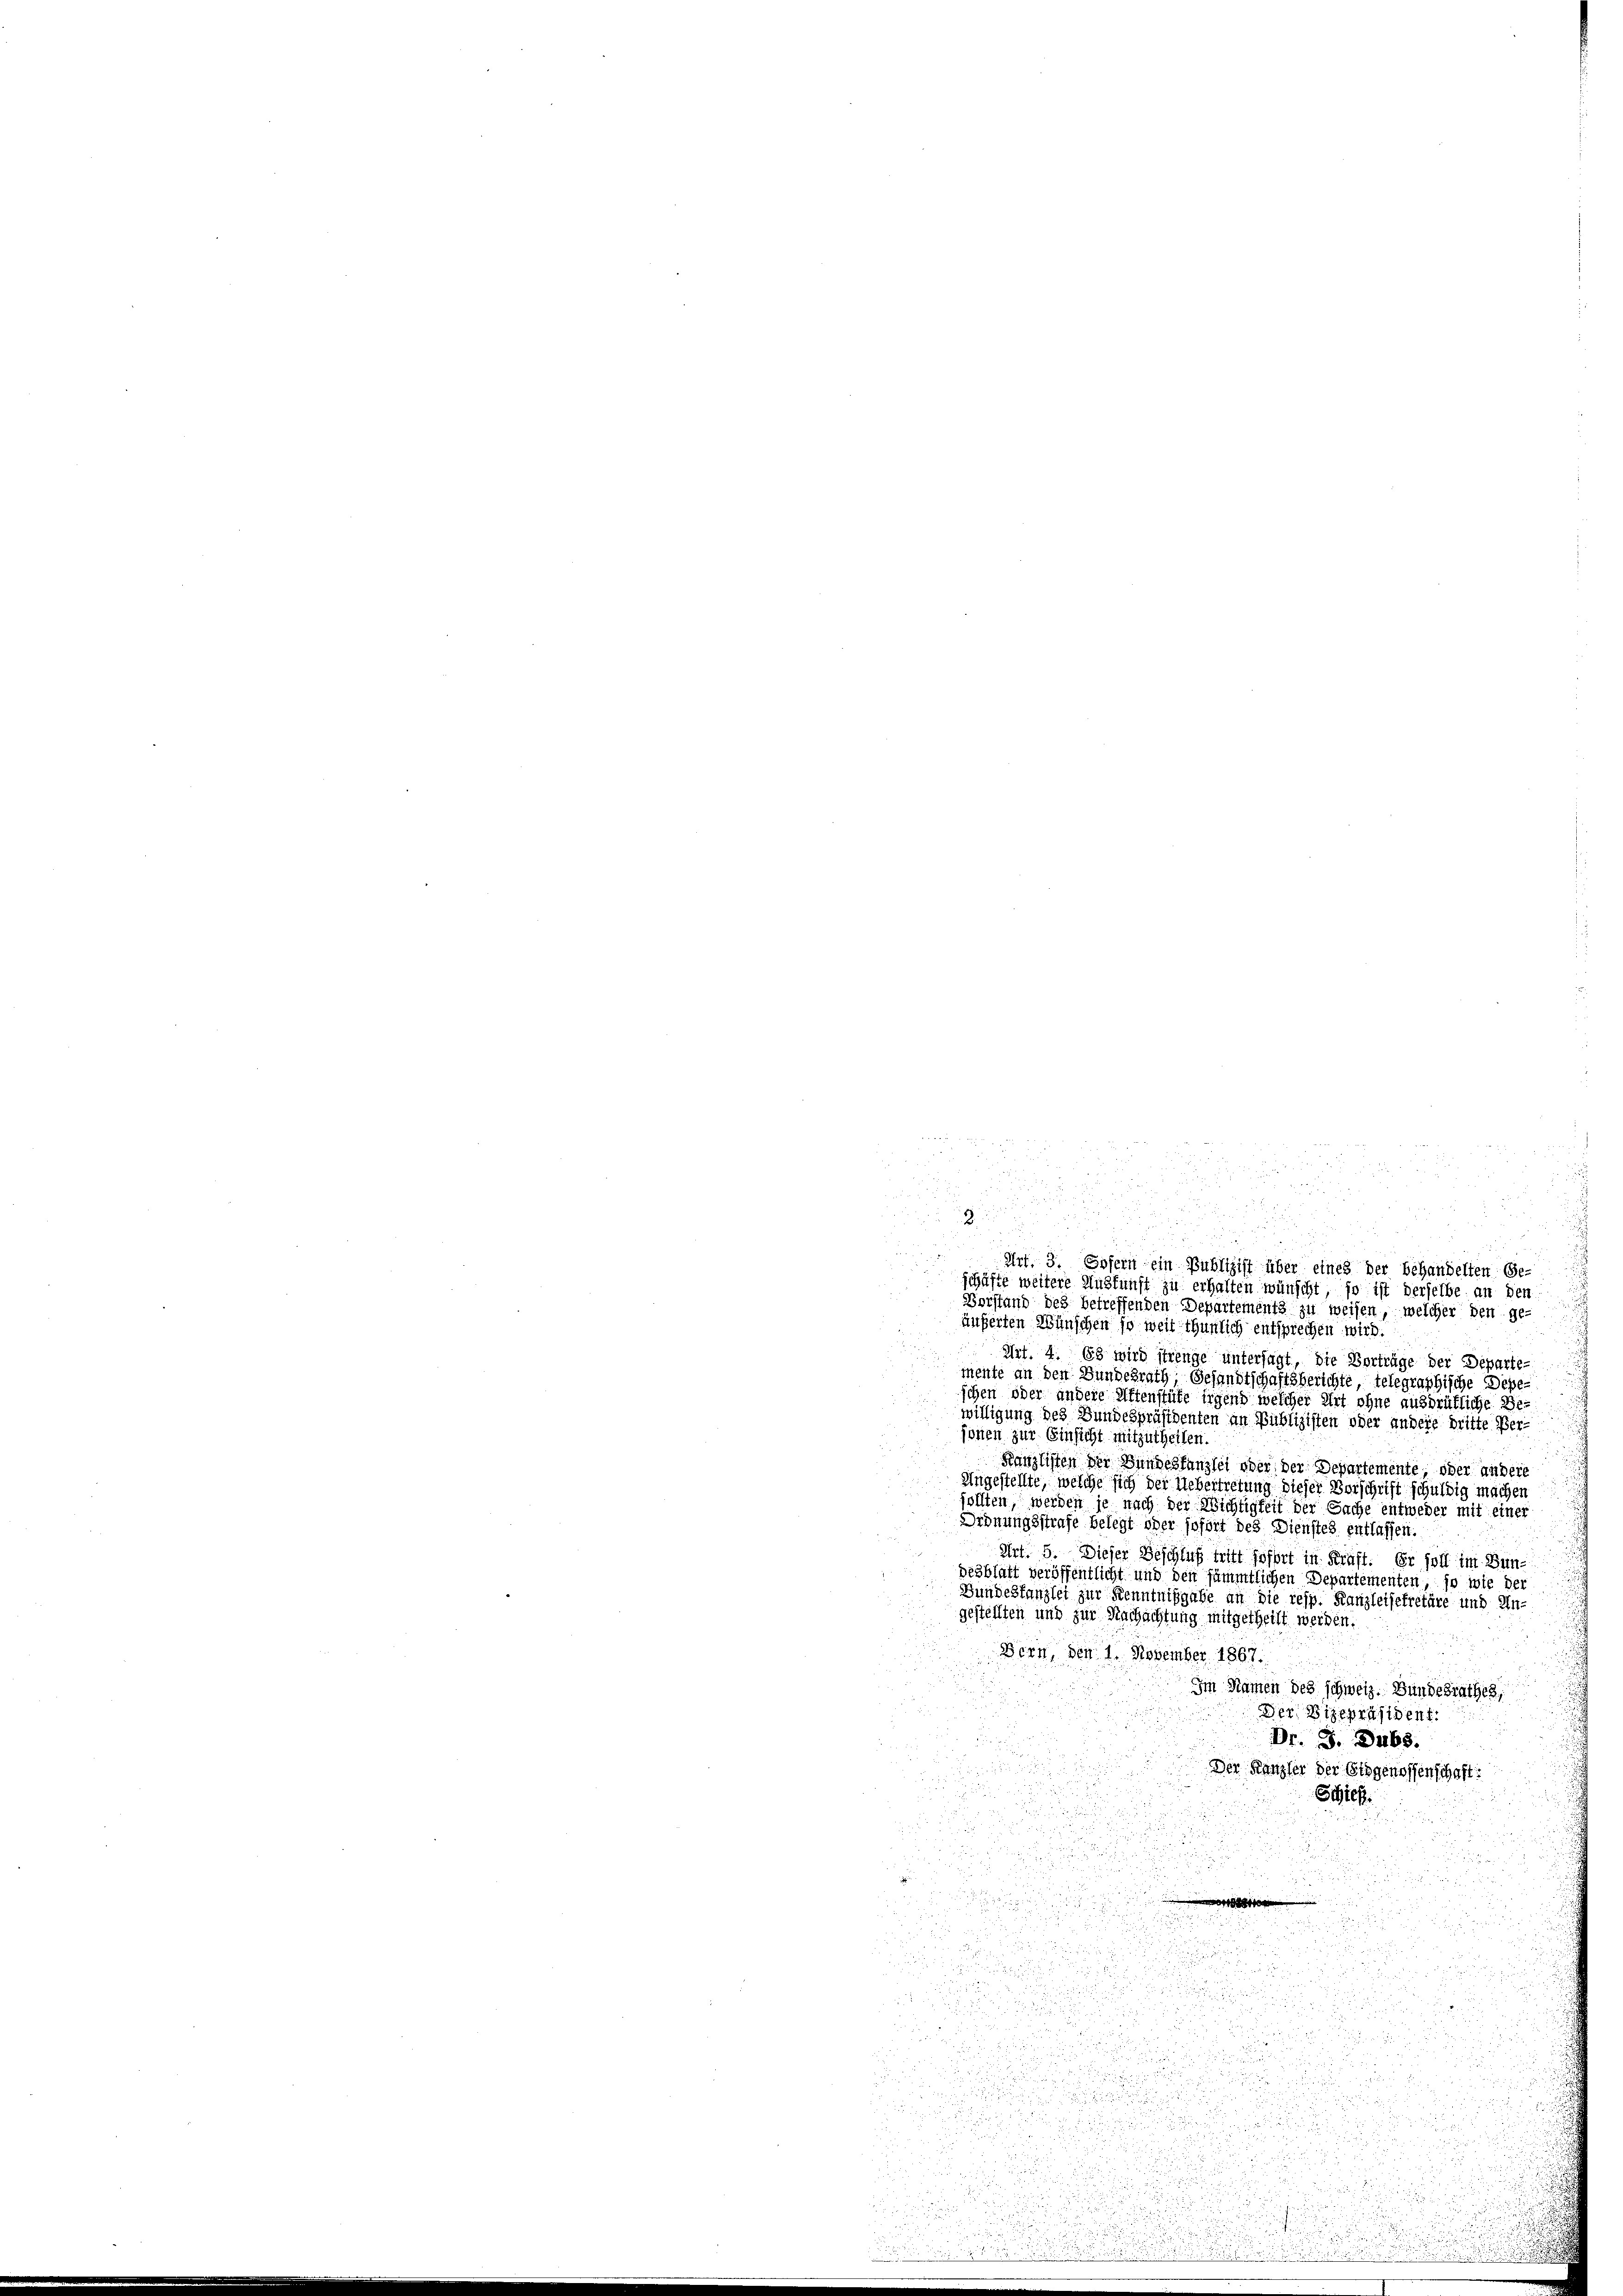
e

a
n

22

5

d
2 x 2
.
 12
2

3
a
Art. 3. Sofern ein Publizist über eines der behandelten Ge-
schäfte weitere Auskunft zu erhalten wünscht, so ist derselbe an den

d
2
Vorstand des betreffenden Departements zu weisen, welcher den ge-
äuferten Wünschen so weit thunlich entsprechen wird.
 Art. 4. 88 wird strenge untersagt, die Vorträge der Departemente an den Bundesrath Gesandtschaftsberichte, telegraphische Depeschen oder andere Aftenstüke irgend welcher Art ohne ausdrükliche Bewilligung des Bundespräsidenten an Publizisten oder andere Dritte Personen zur Einsicht mitzutheilen.
Kanzlisten der Bundeskanzlei oder, der Departemente, oder andere
Ungestellte, welche sich der Uebertretung dieser Vorschrift schuldig machen
jollten, werden je nach der Wichtigkeit der Sache entweder mit einer
Ordnungsstrafe belegt oder sofort des Dienstes entlassen.
Art. 5. Dieser Beschluß tritt hoffet in Kraft. Er soll im Bundesblatt veröffentlicht und den sämmtlichen Departementen, so wie der
Bundeskanzlei zur Kenntnißgabe an die resp. Kanzleisekretäre und Un-
gestellten und zur Nachachtung mitgetheilt werden.
Bern, den 1. November 1867.
Im Namen des schweiz. Bundesrathes,
Der Vizepräsident.
Dr. S. Dubs.
Der Kanzler der Eidgenossenschaft

Schief
u

e
u

u

§ 5

u